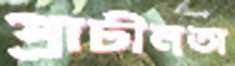
প্রাচীনতা